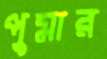
পুমার